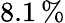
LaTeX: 8.1\, \%